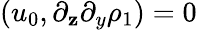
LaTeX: (u_{0},\partial_{\mathbf{z}}\partial_{y}\rho_{1})=0